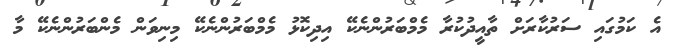
އެ ކަމުގައި ސަރުކާރަށް ތާއީދުކުރާ މެމްބަރުންނެކޭ އިދިކޮޅު މެމްބަރުންނެކޭ މިނިވަން މެންބަރުންނެކޭ މާ